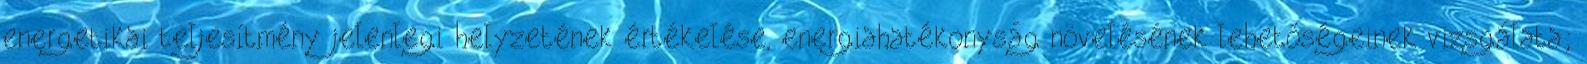
energetikai teljesítmény jelenlegi helyzetének értékelése, energiahatékonyság növelésének lehetőségeinek vizsgálata;